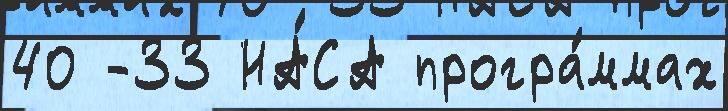
40 -33 НА́СА програ́ммах